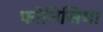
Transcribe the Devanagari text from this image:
फोनिसिया